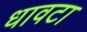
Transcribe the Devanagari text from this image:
धावटा